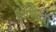
દોલિયા